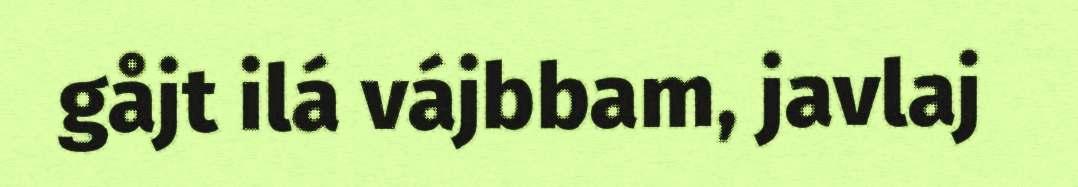
gåjt ilá vájbbam, javlaj